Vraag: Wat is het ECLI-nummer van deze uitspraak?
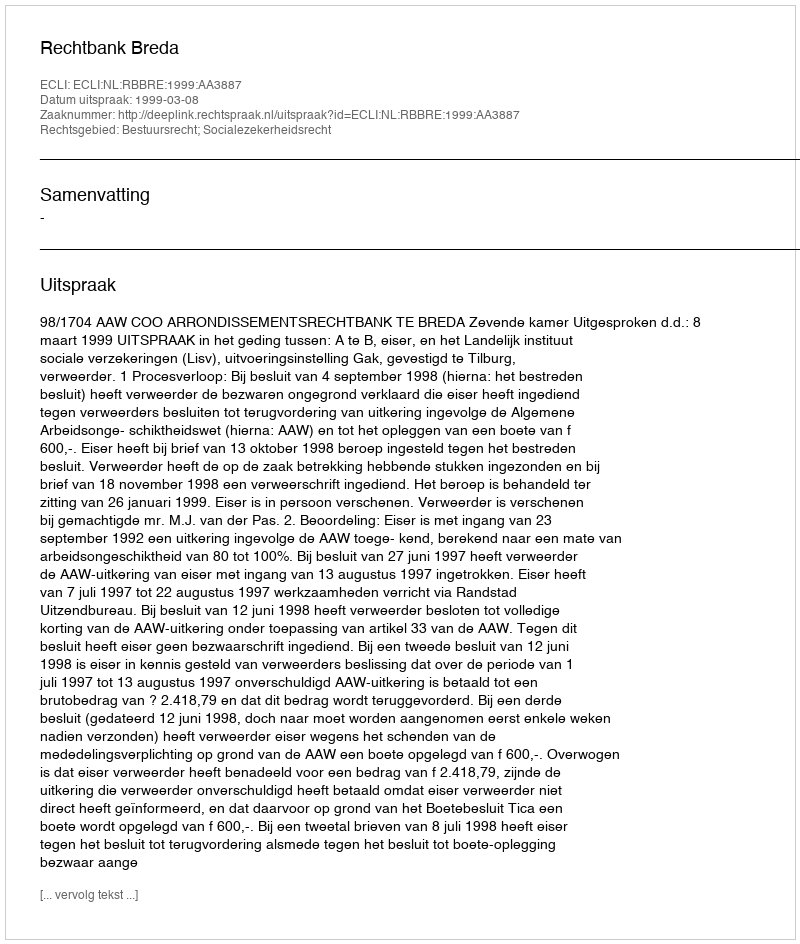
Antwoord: ECLI:NL:RBBRE:1999:AA3887